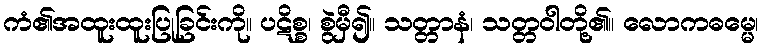
ကံ၏အထူးထူးပြုခြင်းကို။ ပဋိစ္စ၊ စွဲမှီ၍။ သတ္တာနံ၊ သတ္တဝါတို့၏။ လောကဓမ္မေ၊